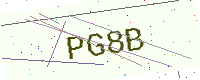
Text: PG8B